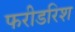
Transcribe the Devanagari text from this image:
फरीडरिश